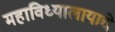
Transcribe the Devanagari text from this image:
महाविध्यालायाचे